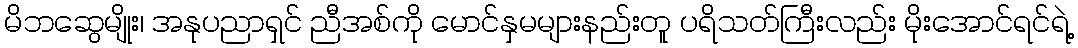
မိဘဆွေမျိုး၊ အနုပညာရှင် ညီအစ်ကို မောင်နှမများနည်းတူ ပရိသတ်ကြီးလည်း မိုးအောင်ရင်ရဲ့